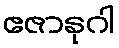
ဧဇာနုဂါ